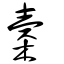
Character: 槖